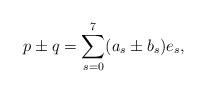
LaTeX: \begin{align*}p\pm q=\sum_{s=0}^{7}(a_{s}\pm b_{s})e_{s},\end{align*}